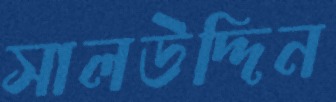
সালউদ্দিন